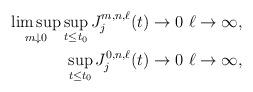
LaTeX: \begin{align*}\begin{aligned}\limsup_{m\downarrow 0} \sup_{t\leq t_0} J_{j}^{m,n, \ell}(t) &\to 0 \ \ell \to \infty,\\ \sup_{t\leq t_0} J_{j}^{0,n, \ell}(t) &\to 0 \ \ell \to \infty,\end{aligned}\end{align*}